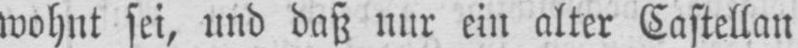
wohnt sei, und daß nur ein alter Castellan